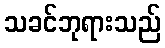
သခင်ဘုရားသည်